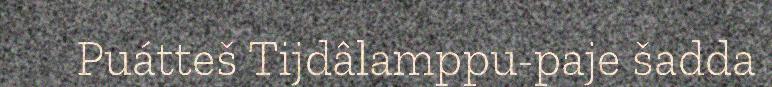
Puátteš Tijdâlamppu-paje šadda